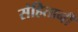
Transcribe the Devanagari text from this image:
संहितानी